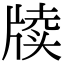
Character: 牍